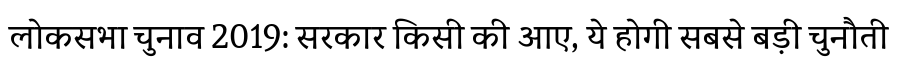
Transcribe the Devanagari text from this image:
लोकसभा चुनाव 2019: सरकार किसी की आए, ये होगी सबसे बड़ी चुनौती